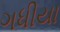
ગધીયા